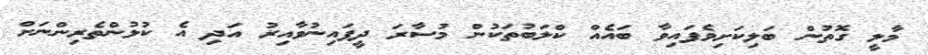
މާލީ ގޮތުން ބަލިކަށިވެފައިވާ ބައެއް ކްލަބުތަކުން މުސާރަ ދީފައިނުވާއިރު އަދި އެ ކުޅުންތެރިންނަށް